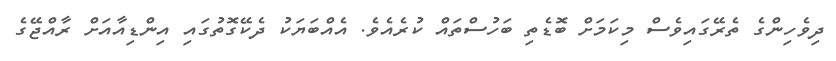
ދިވެހިންގެ ތެރޭގައިވެސް މިކަމަށް ބޮޑެތި ބަހުސްތައް ކުރެއެވެ. އެއްބަޔަކު ދެކޭގޮތުގައި އިންޑިއާއަށް ރާއްޖޭގެ